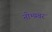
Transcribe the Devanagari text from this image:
नोभम्बर